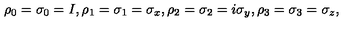
\rho _ { 0 } = \sigma _ { 0 } = I , \rho _ { 1 } = \sigma _ { 1 } = \sigma _ { x } , \rho _ { 2 } = \sigma _ { 2 } = i \sigma _ { y } , \rho _ { 3 } = \sigma _ { 3 } = \sigma _ { z } ,